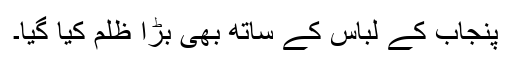
پنجاب کے لباس کے ساتھ بھی بڑا ظلم کیا گیا۔